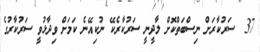
37  ސަރުކާރަށް ނިސްބަތްކޮށް ލާދީނީ ސަރުކާރެކޭ ނުކިއޭނެ ކަމަށް ވިދާޅުވީ ސަރުކާރުގެ